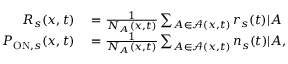
\begin{array} { r l } { R _ { s } ( x , t ) } & { { } = \frac { 1 } { N _ { A } ( x , t ) } \sum _ { A \in \mathcal { A } ( x , t ) } r _ { s } ( t ) | A } \\ { P _ { \mathrm { O N } , s } ( x , t ) } & { { } = \frac { 1 } { N _ { A } ( x , t ) } \sum _ { A \in \mathcal { A } ( x , t ) } n _ { s } ( t ) | A , } \end{array}